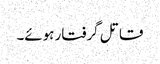
قاتل گرفتار ہوئے۔